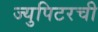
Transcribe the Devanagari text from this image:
ज्युपिटरची